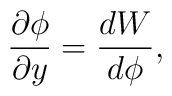
\frac{\partial \phi}{\partial y} = \frac{dW}{d\phi} ,